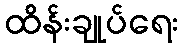
ထိန်းချုပ်ရေး